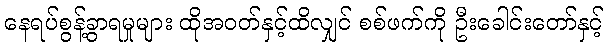
နေရပ်စွန့်ခွာရမှုများ ထိုအဝတ်နှင့်ထိလျှင် စစ်ဖက်ကို ဦးခေါင်းတော်နှင့်